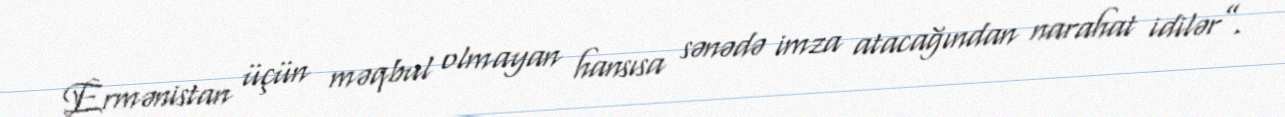
Ermənistan üçün məqbul olmayan hansısa sənədə imza atacağından narahat idilər”.